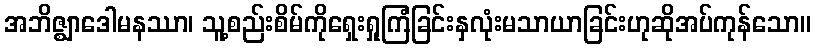
အဘိဇ္ဈာဒေါမနဿာ၊ သူ့စည်းစိမ်ကိုရှေးရှုကြံခြင်းနှလုံးမသာယာခြင်းဟုဆိုအပ်ကုန်သော။